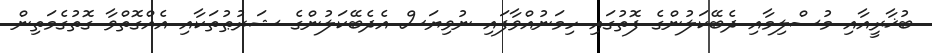
ބުޚާރީއާއި މުސްލިމާއި ދެބޭކަލުންގެ ފޮތުގައި ހިމަނުއްވާފައި ނުވިޔަސް އެދެބޭކަލުންގެ ޝަރުޠުތަކާއި އެއްގޮތްވާ ގޮތުގެމަތިން